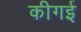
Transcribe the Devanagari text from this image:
कीगई